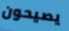
يصيحون